Madras plague regulations and rules for the inspection of inward and outward bound vessels - Volume 1
Disease focus: Plague
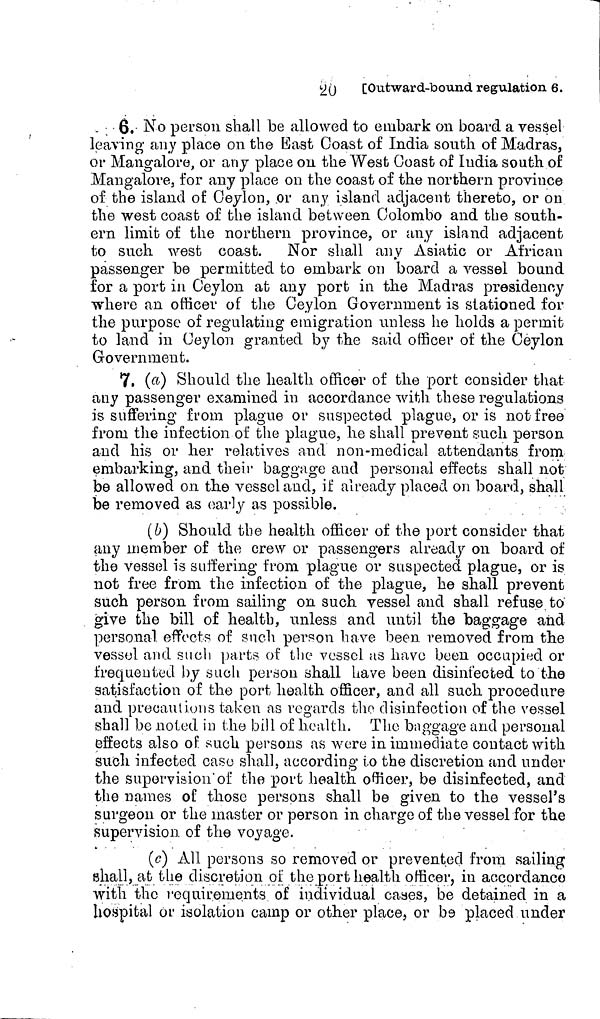
20 [Outward-bound regulation 6.
6. No person shall be allowed to embark on board a vessel
leaving any place on the East Coast of India south of Madras,
or Mangalore, or any place on the West Coast of India south of
Mangalore, for any place on the coast of the northern province
of the island of Ceylon, or any island adjacent thereto, or on
the west coast of the island between Colombo and the south-
ern limit of the northern province, or any island adjacent
to such west coast. Nor shall any Asiatic or African
passenger be permitted to embark on board a vessel bound
for a port in Ceylon at any port in the Madras presidency
where an officer of the Ceylon Government is stationed for
the purpose of regulating emigration unless he holds a permit
to land in Ceylon granted by the said officer of the Ceylon
Government.
7, (a) Should the health officer of the port consider that
any passenger examined in accordance with these regulations
is suffering from plague or suspected plague, or is not free
from the infection of the plague, he shall prevent such person
and his or her relatives and non-medical attendants from
embarking, and their baggage and personal effects shall not
be allowed on the vessel and, if already placed on board, shall
be removed as early as possible.
(6) Should the health officer of the port consider that
any member of the crew or passengers already on board of
the vessel is suffering from plague or suspected plague, or is
not free from the infection of the plague, he shall prevent
such person from sailing on such vessel and shall refuse to
give the bill of health, unless and until the baggage and
personal, effects of such person have been removed from the
vessel and such parts of the vessel us have been occupied or
frequented by such person shall have been disinfected to the
satisfaction of the port health officer, and all such procedure
and precautions taken as regards the disinfection of the vessel
shall be noted in the bill of health. The baggage and personal
effects also of such persons as wore in immediate contact with
such infected case shall, according to the discretion and under
the supervision of the port health officer, be disinfected, and
the names of those persons shall be given to the vessel's
surgeon or the master or person in charge of the vessel for the
supervision of the voyage.
(c) All persons so removed or prevented from sailing
shall, at the discretion pi; the port health officer, in accordance
with the requirements of individual caaes, be detained in a
hospital or isolation camp or other place, or be placed under